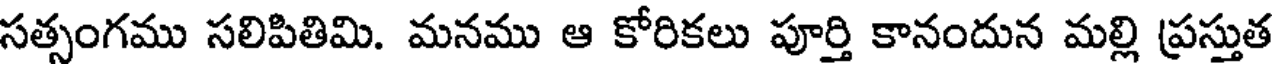
సత్సంగము సలిపితిమి. మనము ఆ కోరికలు పూర్తి కానందున మల్లి ప్రస్తుత